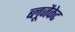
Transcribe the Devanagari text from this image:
ब्लूजैकेट